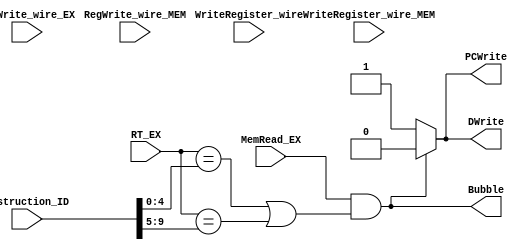
/******************************************************************
* Description
*		This is the HazardUnit:
* Version:
*	1.0
* Author:
*Luis David Gallegos Godoy
* email:
*	is709571@iteso.mx
* Date:
*	17/07/2019
******************************************************************/
module Hazard
(
input [9:0] Instruction_ID,
input [4:0] RT_EX,
input MemRead_EX,
input RegWrite_wire_EX,
input RegWrite_wire_MEM,
input [4:0] WriteRegister_wire,
input [4:0] WriteRegister_wire_MEM,
output DWrite,
output PCWrite,
output Bubble

);
wire [4:0] RS;
wire [4:0] RT;
assign RS = Instruction_ID[9:5];
assign RT = Instruction_ID[4:0];

//(((RS || RT) == WriteRegister_wire) && RegWrite_wire == 1'b1) || (((RS || RT) == WriteRegister_wire_MEM) && RegWrite_wire_MEM == 1'b1)

assign DWrite = (MemRead_EX == 1'b1 && (RT_EX == RT || RT_EX == RS))? 1'b0: 1'b1;

assign PCWrite = DWrite;

assign Bubble = !PCWrite;


endmodule